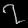
Digit: ၇